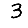
Digit: 3